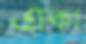
একা